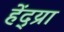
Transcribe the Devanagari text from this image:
हेंद्य्रा